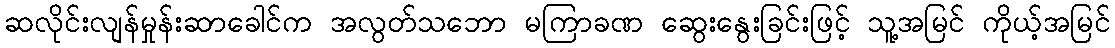
ဆလိုင်းလျန်မှုန်းဆာခေါင်က အလွတ်သဘော မကြာခဏ ဆွေးနွေးခြင်းဖြင့် သူ့အမြင် ကိုယ့်အမြင်